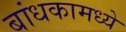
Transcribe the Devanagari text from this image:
बांधकामध्ये